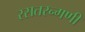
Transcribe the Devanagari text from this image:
रसतरन्गणी